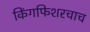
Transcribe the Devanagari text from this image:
किंगफिशरचाच